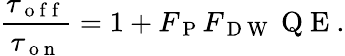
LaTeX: \frac{\tau_{\mathrm{~o~f~f~}}}{\tau_{\mathrm{~o~n~}}}=1+F_{\mathrm{~P~}}F_{\mathrm{~D~W~}}\mathrm{~Q~E~}.